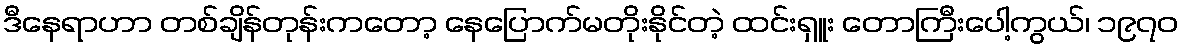
ဒီနေရာဟာ တစ်ချိန်တုန်းကတော့ နေပြောက်မတိုးနိုင်တဲ့ ထင်းရှူး တောကြီးပေါ့ကွယ်၊ ၁၉၇၀